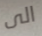
الى